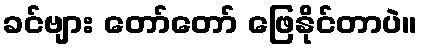
ခင်ဗျား တော်တော် ဖြေနိုင်တာပဲ။